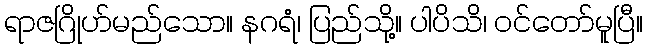
ရာဇဂြိုဟ်မည်သော။ နဂရံ၊ ပြည်သို့။ ပါပိသိ၊ ဝင်တော်မူပြီ။